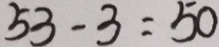
5 3 - 3 = 5 0